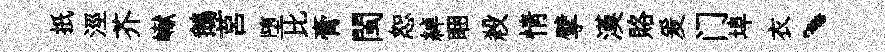
扺涇芥𪩘鵝莒堕比膏閩恕綽睏殺情擘漢賂爰门埠衣、